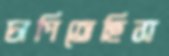
চাপিতেছিস